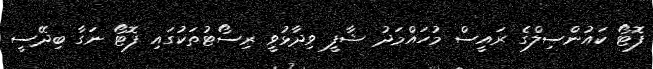
ފޮޓޯ ކައުންސިލްގެ ރައީސް މުހައްމަދު ޝާފީ ވިދާޅުވީ ރިސޯޓުތަކުގައި ފޮޓޯ ނަގާ ބިދޭސީ